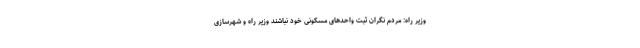
وزیر راه: مردم نگران ثبت واحد‌های مسکونی خود نباشند وزیر راه و شهرسازی